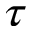
\tau